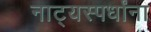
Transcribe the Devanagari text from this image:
नाट्यस्पर्धांना